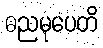
ဓညမုပေတိ